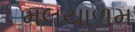
મલયાળમ